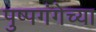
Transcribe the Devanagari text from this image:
पुष्पगंगेच्या